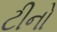
ટીનો